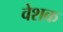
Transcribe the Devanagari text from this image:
वेशक